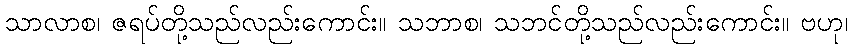
သာလာစ၊ ဇရပ်တို့သည်လည်းကောင်း။ သဘာစ၊ သဘင်တို့သည်လည်းကောင်း။ ဗဟု၊